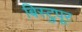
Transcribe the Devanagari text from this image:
बिस्टुपूर